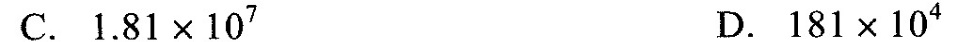
C.$$1 . 8 1 × 1 0 ^ { 7 }$$ D.$$1 8 1 × 1 0 ^ { 4 }$$